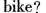
bike?